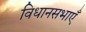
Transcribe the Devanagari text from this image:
विधानसभाएँ